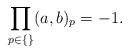
LaTeX: \begin{align*}\prod_{p\in\{\}}(a,b)_p=-1.\end{align*}